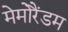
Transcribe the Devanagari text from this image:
मेमोरैंडम